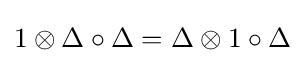
1\otimes \Delta \circ \Delta =\Delta \otimes 1\circ \Delta